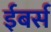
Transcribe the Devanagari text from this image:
ईबर्स